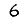
Digit: 6